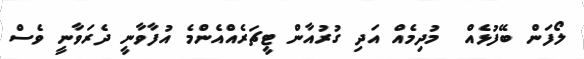
ލޯފަން ބޭފުޅެއް  މުދިމެއް އަދި ގުރުއާން ޓީޗަރެއްއެންމެ އުފާވާނީ ދެރަވާނީ ވެސް